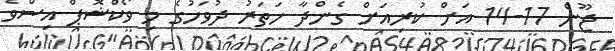
ޖޫން 17-14 އަށް ކުރިއަށް ގެންދާ ހަތަރު ދުވަހުގެ މި ވޯކްޝޮޕް އިސްވެ